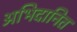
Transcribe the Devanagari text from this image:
अभिदानित